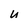
Character: U